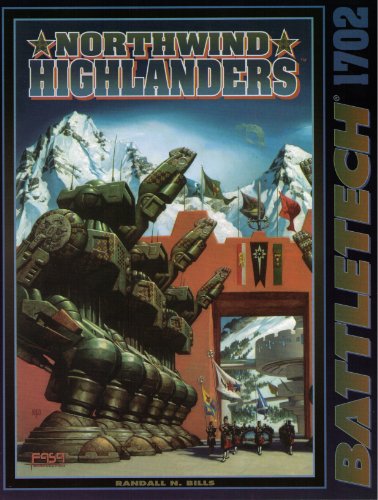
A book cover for Northwind Highlanders (Battletech1702); Randall N. Bills; Science Fiction & Fantasy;